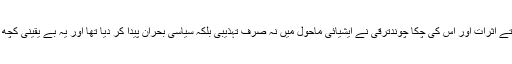
اقبال تك مغرب كے بڑھتے اثرات اور اس كی چكا چوندترقی نے ایشیائی ماحول میں نہ صرف تہذیبی بلكہ سیاسی بحران پیدا كر دیا تھا اور یہ بے یقینی كچھ اور گہری ہو رہی تھی ۔